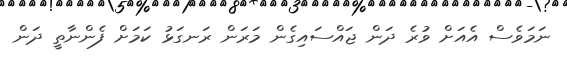
ނަމަވެސް އެއަށް ވުރެ ދަން ޖައްސައިގެން މަރަން ރަނގަޅު ކަމަށް ފެންނާތީ ދަން